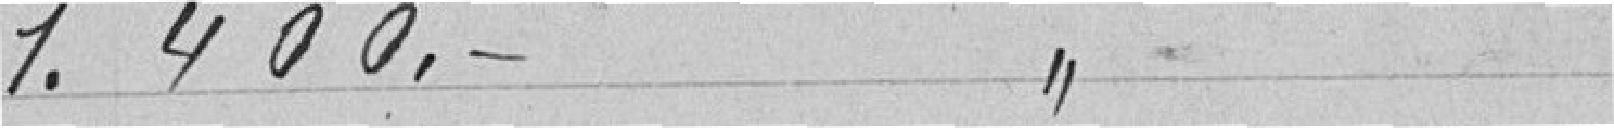
1.400 francs article